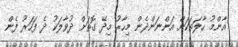
އާންމު ހާލަތަކަށް އަންނަންދެން މިހާރު މިދޭ ގޮތަށް ދުވާލަކު ދެ ފަހަރު ފެން